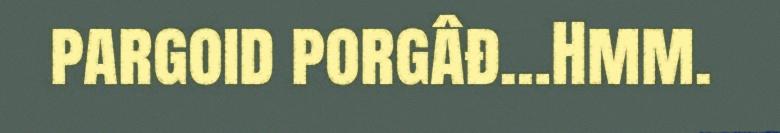
pargoid porgâđ…Hmm.